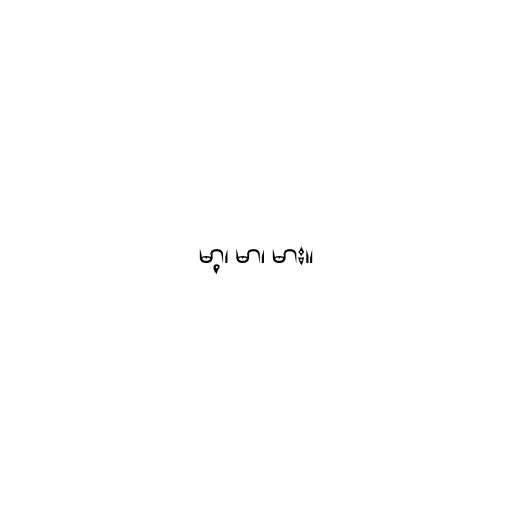
မာ့၊ မာ၊ မား။